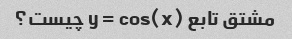
مشتق تابع y = cos(x) چیست؟